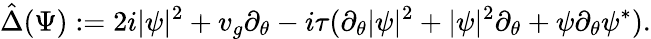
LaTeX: \hat{\Delta}(\Psi):=2i|\psi|^{2}+v_{g}\partial_{\theta}-i\tau(\partial_{\theta}|{\psi}|^{2}+|\psi|^{2}\partial_{\theta}+\psi\partial_{\theta}\psi^{*}).